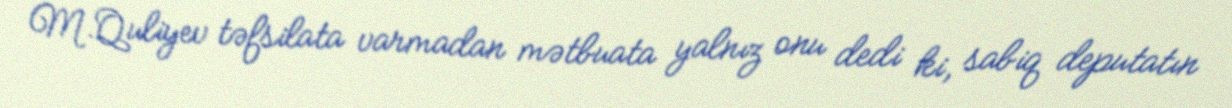
M.Quliyev təfsilata varmadan mətbuata yalnız onu dedi ki, sabiq deputatın